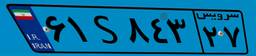
۶۱S۸۴۳۲۷